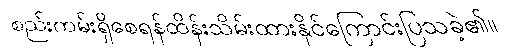
စည်းကမ်းရှိစေရန်ထိန်းသိမ်းထားနိုင်ကြောင်းပြသခဲ့၏။